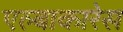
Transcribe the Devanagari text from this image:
एल्बाकारेस